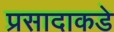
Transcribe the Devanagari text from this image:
प्रसादाकडे